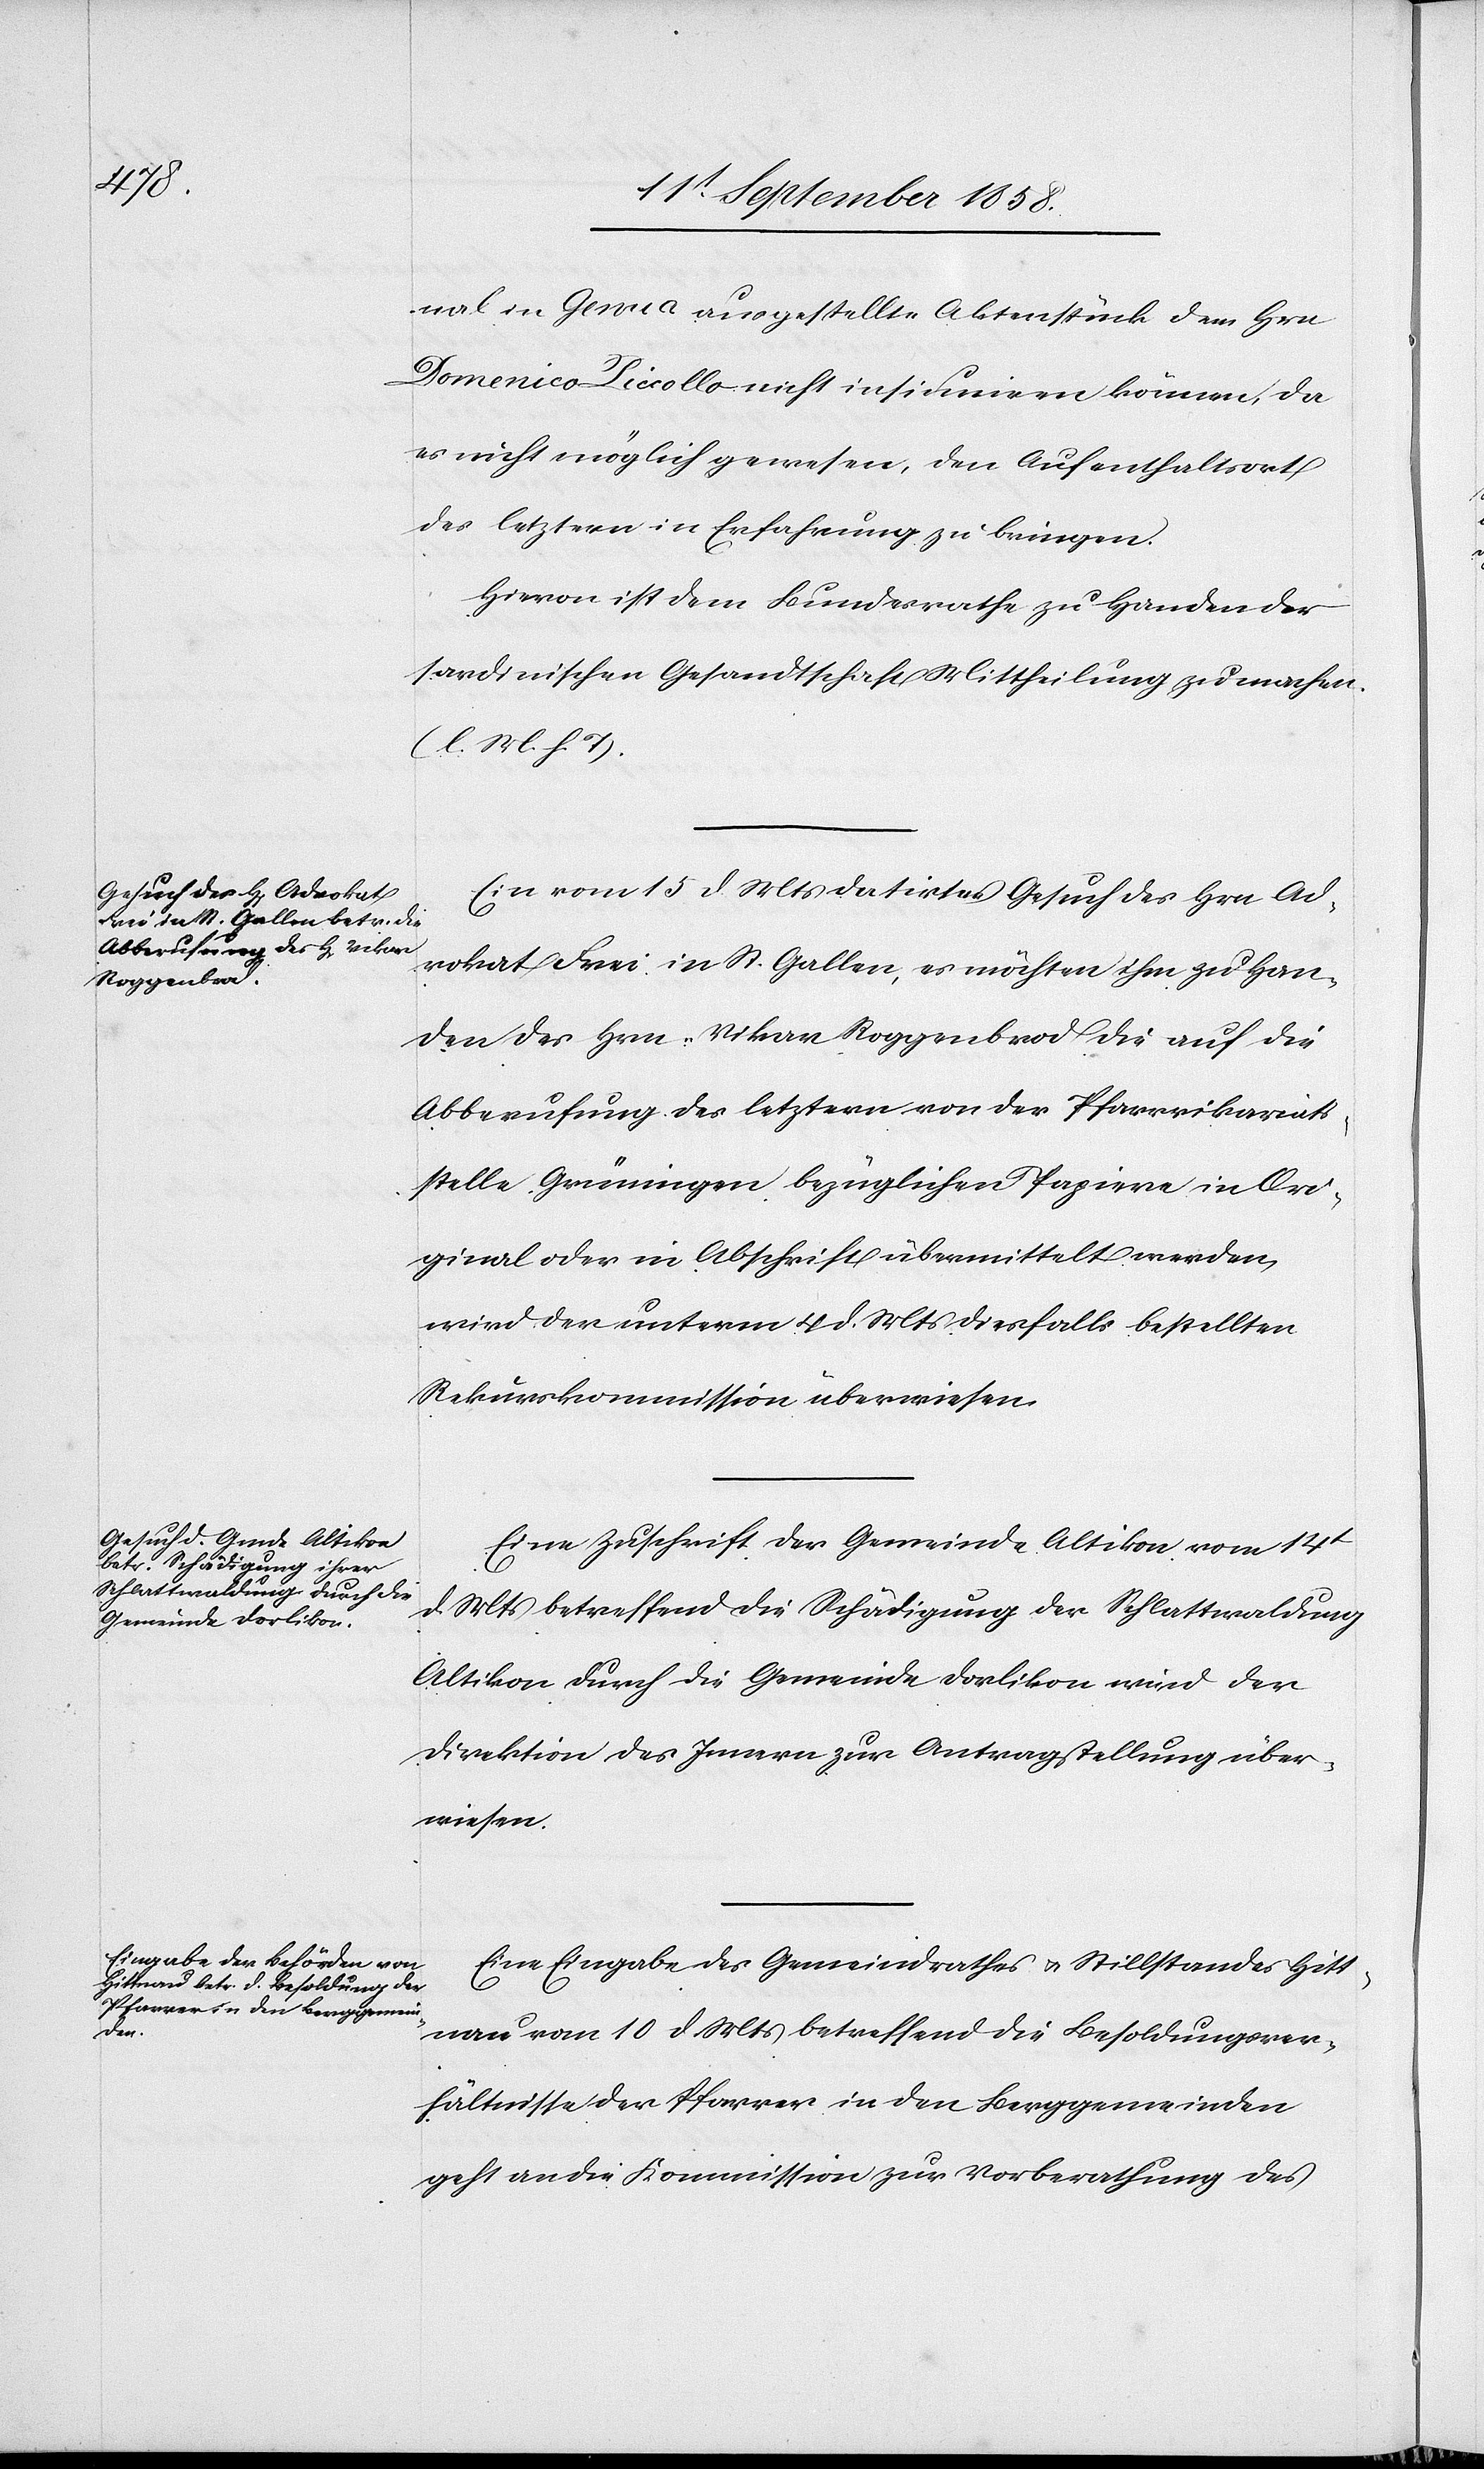
16t September 1858.]
nal in Genua ausgestellte Aktenstück dem Hrn.
Domenico Piccollo nicht insinuiren können, da
es nicht möglich gewesen, den Aufenthaltsort
des letztern in Erfahrung zu bringen.
Hievon ist dem Bundesrathe zu Handen der
sardinischen Gesandtschaft Mittheilung zu machen.
(l. M. h. T).
Ein vom 15 d. Mts datirtes Gesuch des Hrn. Ad¬
vokat Frei in St. Gallen, es möchten ihm zu Han¬
den des Hrn. Vikar Roggenbrod die auf die
Abberufung des letztern von der Pfarrvikariats¬
stelle Grüningen bezüglichen Papiere in Ori¬
ginal oder in Abschrift übermittelt werden,
wird der unterm 4 d. Mts diesfalls bestellten
Rekurskommission überwiesen.
Eine Zuschrift der Gemeinde Altikon vom 14t
d. Mts betreffend die Schädigung der Schlattwaldung
Altikon durch die Gemeinde Dorlikon wird der
Direktion des Innern zur Antragstellung über¬
wiesen.
Eine Eingabe des Gemeindrathes & Stillstandes Hitt¬
den
nau vom 10 d. Mts betreffend die Besoldungsver¬
hältnisse der Pfarrer in den Berggemeinden
geht an die Kommission zur Vorberathung des